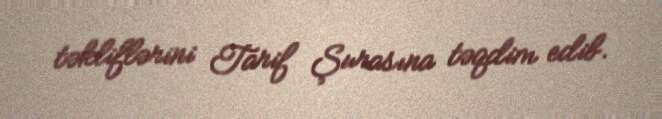
təkliflərini Tarif Şurasına təqdim edib.